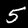
Digit: 5